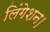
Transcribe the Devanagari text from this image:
लिंगेशन।